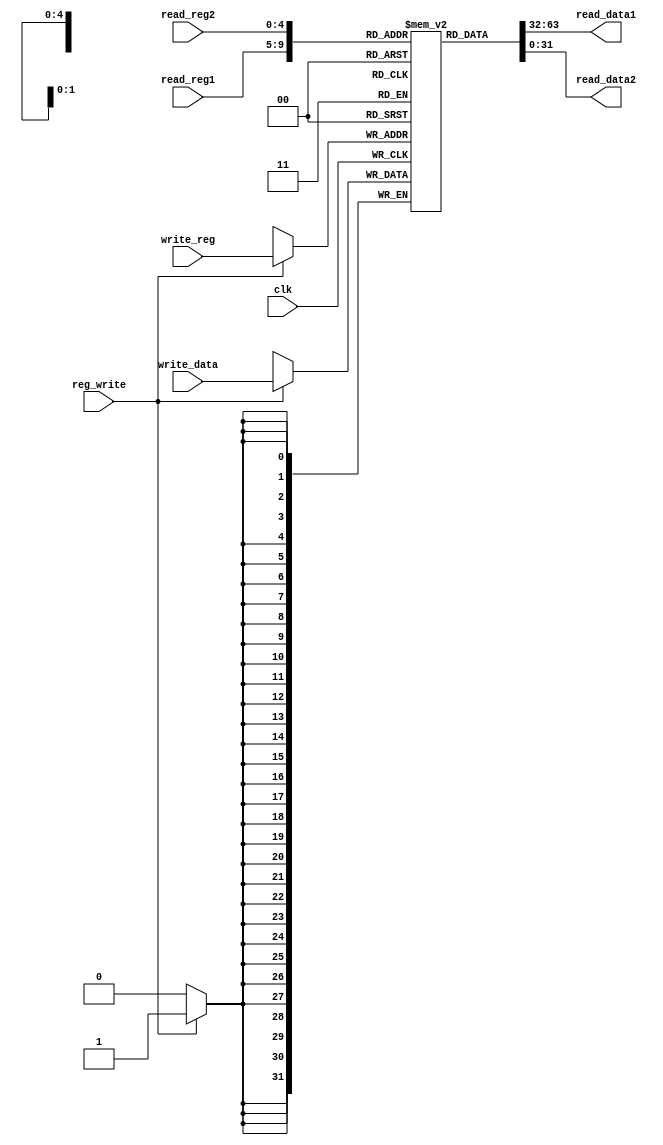
`timescale 1ns / 1ps
//////////////////////////////////////////////////////////////////////////////////
// Company: 
// Engineer: 
// 
// Design Name: 
// Module Name: registers
// Project Name: 
// Target Devices: 
// Tool Versions: 
// Description: 
// 
// Dependencies: 
// 
// Revision:
// Revision 0.01 - File Created
// Additional Comments:
// 
//////////////////////////////////////////////////////////////////////////////////


module registers(
    input clk,
    input reg_write,
    input [4:0] read_reg1,
    input [4:0] read_reg2,
    input [4:0] write_reg,
    input [31:0] write_data,
    output [31:0] read_data1,
    output [31:0] read_data2
    );
    
    reg [31:0] memory [31:0];
    reg [31:0] aux1, aux2;
    integer i;
    
    // initializare registrii
    initial
    begin
        for(i = 0; i < 32; i = i+1)
            memory[i] = i;
    end
    
    // citire (asincrona)
    always @*
    begin
        aux1 = memory[read_reg1];
        aux2 = memory[read_reg2];
    end
    
    assign read_data1 = aux1;
    assign read_data2 = aux2;
    
    // scriere (sincrona)
    always @(posedge clk)
    begin
        if(reg_write)
            memory[write_reg] = write_data;
    end
    
endmodule